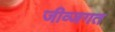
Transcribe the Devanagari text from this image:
जीव्जगत